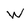
Character: W